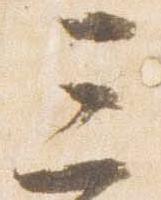
三